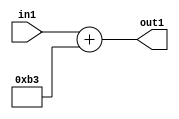
`timescale 1ps / 1ps
/*****************************************************************************
    Verilog RTL Description
    
    
    Created by: Stratus DpOpt 2019.1.01 
*******************************************************************************/

module DC_Filter_Add_12U_1_4 (
	in1,
	out1
	); /* architecture "behavioural" */ 
input [11:0] in1;
output [11:0] out1;
wire [11:0] asc001;

assign asc001 = 
	+(in1)
	+(12'B000010110011);

assign out1 = asc001;
endmodule

/* CADENCE  ubD1TA8= : u9/ySgnWtBlWxVPRXgAZ4Og= ** DO NOT EDIT THIS LINE ******/